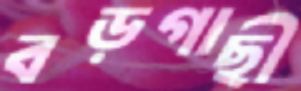
বড়গাছী